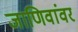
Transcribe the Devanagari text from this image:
जाणिवांवर